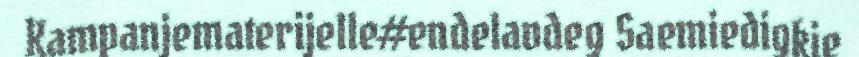
Kampanjematerijelle#endelavdeg Saemiedigkie